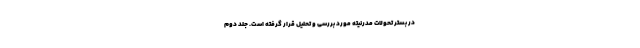
در بستر تحولات مدرنیته مورد بررسی و تحلیل قرار گرفته است. جلد دوم